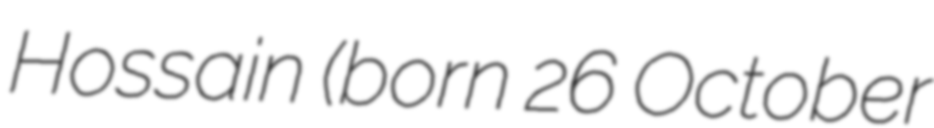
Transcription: Hossain (born 26 October